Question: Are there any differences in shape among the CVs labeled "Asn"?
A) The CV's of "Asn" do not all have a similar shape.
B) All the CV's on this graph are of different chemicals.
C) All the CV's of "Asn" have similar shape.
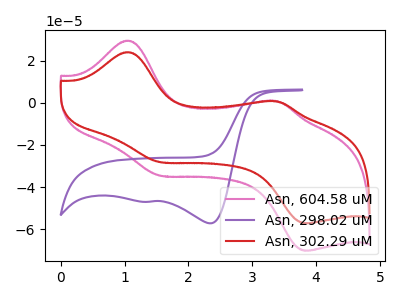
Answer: <think>The pink curve "Asn, 604.58 uM" has anodic peaks at (1.05V, 29.45uA) (3.40V, 0.75uA) and cathodic peaks at (1.55V, -34.50uA) (3.90V, -70.15uA). The purple curve "Asn, 298.02 uM" has cathodic peaks at (2.35V, -57.20uA) (1.35V, -47.00uA). The red curve "Asn, 302.29 uM" has anodic peaks at (1.05V, 24.00uA) (3.40V, 0.60uA) and cathodic peaks at (1.55V, -28.10uA) (3.90V, -57.15uA).
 "Asn, 604.58 uM" and "Asn, 298.02 uM" have a different number of peaks. All the peaks in "Asn, 604.58 uM" have a peak in "Asn, 302.29 uM" at the same potential. Every peak in "Asn, 604.58 uM" is higher than every peak in "Asn, 302.29 uM". "Asn, 298.02 uM" and "Asn, 302.29 uM" have a different number of peaks.</think>
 <answer>C) All the CV's of "Asn" have similar shape.</answer>
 <eval>C</eval>